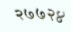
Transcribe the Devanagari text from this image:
२७७२४